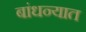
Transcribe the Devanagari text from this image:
बांधन्यात